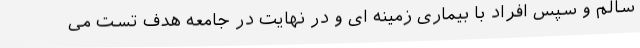
سالم و سپس افراد با بیماری زمینه ای و در نهایت در جامعه هدف تست می